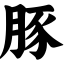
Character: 豚